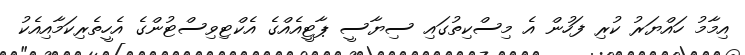
އިމާމު ހައްޔަރު ކުރި ފަހުން އެ މިސްކިތުގައި ސިޔާސީ ޕާޓީއެއްގެ އެކްޓިވިސްޓުންގެ އެހީތެރިކަމާއިއެކު